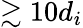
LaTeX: \gtrsim 10d_{i}